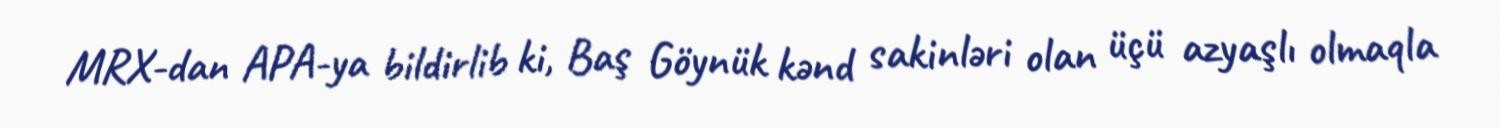
MRX-dan APA-ya bildirlib ki, Baş Göynük kənd sakinləri olan üçü azyaşlı olmaqla